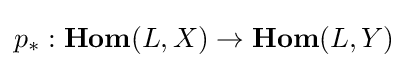
p_{*}:{\textbf {Hom}}(L,X)\to {\textbf {Hom}}(L,Y)